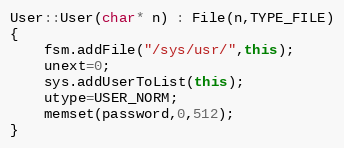
Language: C++
User::User(char* n) : File(n,TYPE_FILE)
{
	fsm.addFile("/sys/usr/",this);
	unext=0;
	sys.addUserToList(this);
	utype=USER_NORM;
	memset(password,0,512);
}